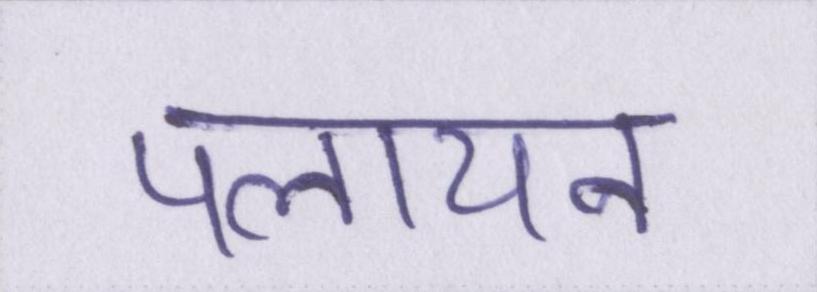
पलायन